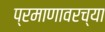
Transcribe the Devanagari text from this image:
प्रमाणावरच्या